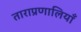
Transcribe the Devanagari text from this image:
ताराप्रणालियाँ